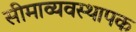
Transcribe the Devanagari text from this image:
सीमाव्यवस्थापक